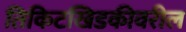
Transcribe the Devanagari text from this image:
तिकिटखिडकीवरील